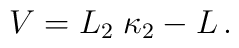
V = L_2 \; \kappa_2 - L\,.